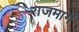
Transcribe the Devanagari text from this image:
राजमार्गे